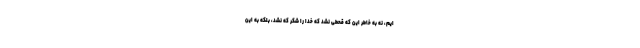
ایم، نه به خاطر این که قحطی نشد که خدا را شکر که نشد، بلکه به این